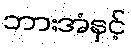
ဘားအံနှင့်